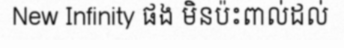
New Infinity ផង មិនប៉ះពាល់ដល់